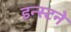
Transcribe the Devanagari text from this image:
डन्स्टने